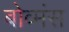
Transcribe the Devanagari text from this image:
बोव्मंस